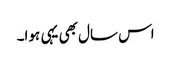
اس سال بھی یہی ہوا۔